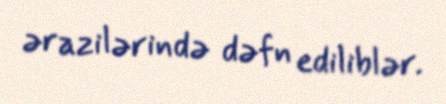
ərazilərində dəfn ediliblər.